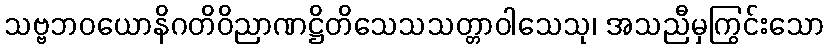
သဗ္ဗဘဝယောနိဂတိဝိညာဏဋ္ဌိတိသေသသတ္တာဝါသေသု၊ အသညီမှကြွင်းသော